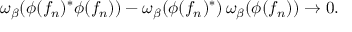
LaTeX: \omega _ { \beta } ( \phi ( f _ { n } ) ^ { * } \phi ( f _ { n } ) ) - \omega _ { \beta } ( \phi ( f _ { n } ) ^ { * } ) \, \omega _ { \beta } ( \phi ( f _ { n } ) ) \rightarrow 0 .